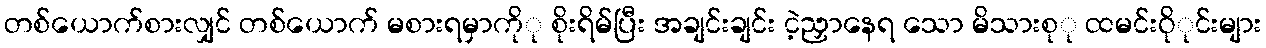
တစ်ယောက်စားလျှင် တစ်ယောက် မစားရမှာကိုု စိုးရိမ်ပြီး အချင်းချင်း ငဲ့ညှာနေရ သော မိသားစုု ထမင်းဝိုုင်းများ